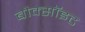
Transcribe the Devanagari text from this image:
बौक्सॉइट